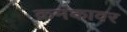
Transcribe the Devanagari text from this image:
क्रमंकावर